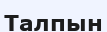
Талпын